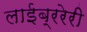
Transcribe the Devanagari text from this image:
लाईब्ररेरी